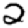
Digit: 2